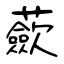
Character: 蘝